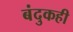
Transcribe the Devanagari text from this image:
बंदुकही